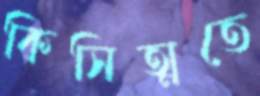
কিসিত্মতে